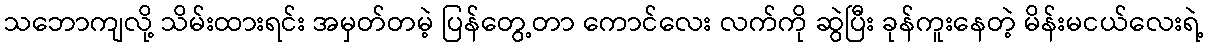
သဘောကျလို့ သိမ်းထားရင်း အမှတ်တမဲ့ ပြန်တွေ့တာ ကောင်လေး လက်ကို ဆွဲပြီး ခုန်ကူးနေတဲ့ မိန်းမငယ်လေးရဲ့